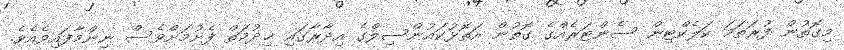
މިގޮތުން ފުރަތަމަ ކަލެކްޓިން ސެންޓަރެއްގެ ގޮތުން އަތޮޅުކައުންސިލްގެ އިދާރާގައި ޚިދުމަތް ފެށުމަށްވެސް ނިންމާފައިވެއެވެ.